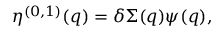
\eta ^ { ( 0 , 1 ) } ( q ) = \delta \Sigma ( q ) \psi ( q ) ,